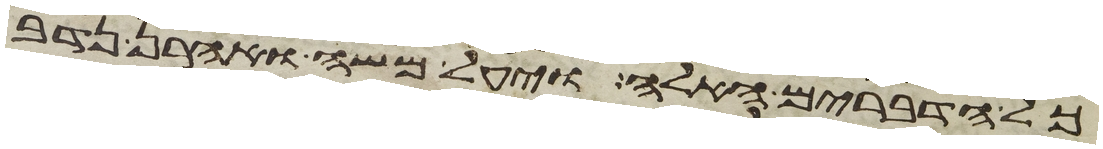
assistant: כל הדברים האלה ויעל משה ואהרן נדב